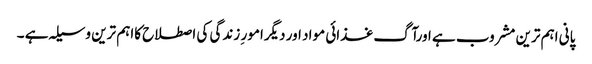
پانی اہم ترین مشروب ہے اورآگ غذائی مواد اور دیگرامور ِ زندگی کی اصطلاح کااہم ترین وسیلہ ہے ۔